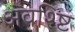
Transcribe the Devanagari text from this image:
अवश्ष्टि